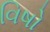
વિષો